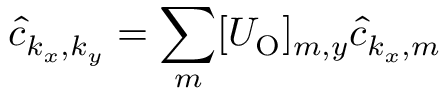
\hat { c } _ { k _ { x } , k _ { y } } = \sum _ { m } [ U _ { \mathrm { O } } ] _ { m , y } \hat { c } _ { k _ { x } , m }